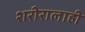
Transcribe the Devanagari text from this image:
शरीरालाही